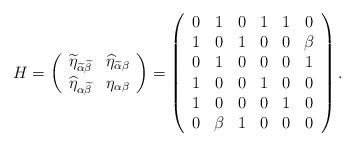
LaTeX: \begin{align*}H=\left( \begin{array}{cc}\widetilde{\eta}_{\widetilde{\alpha}\widetilde{\beta}} &\widehat{\eta}_{\widetilde{\alpha}\beta} \\\widehat{\eta}_{\alpha \widetilde{\beta}} &\eta _{\alpha \beta}\end{array}\right) =\left( \begin{array}{cccccc}0&1&0&1&1&0\\ 1&0&1&0&0&\beta \\ 0&1&0&0&0&1\\ 1&0&0&1&0&0\\1&0&0&0&1&0\\ 0&\beta &1&0&0&0\end{array}\right) .\end{align*}